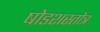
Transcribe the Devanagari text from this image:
षोडशस्तोत्र